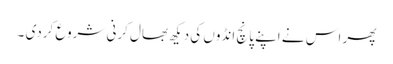
پھر اس نے اپنے پانچ انڈوں کی دیکھ بھال کرنی شروع کردی ۔